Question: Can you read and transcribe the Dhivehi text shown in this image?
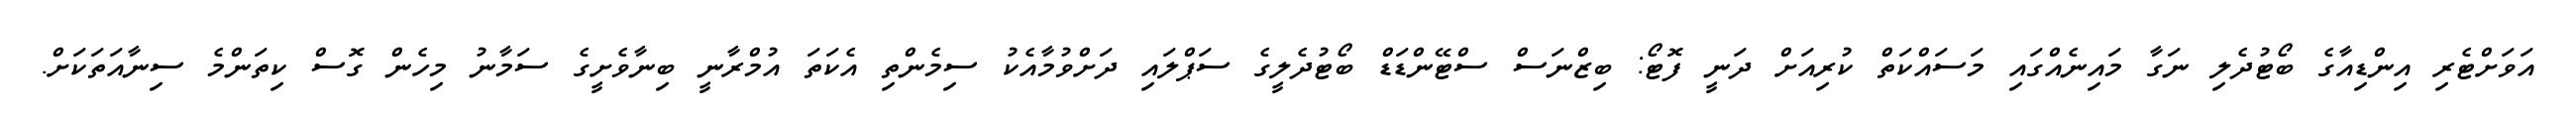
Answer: އަވަށްޓެރި އިންޑިއާގެ ބޯޓުދެލި ނަގާ މައިނެއްގައި މަސައްކަތް ކުރިއަށް ދަނީ ފޮޓޯ: ބިޒްނަސް ސްޓޭންޑަޑް ބޯޓުދެލީގެ ސަޕްލައި ދަށްވުމާއެކު ސިމެންތި އެކަތަ އުމްރާނީ ބިނާވެށީގެ ސަމާނު މިހެން ގޮސް ކިތަންމެ ސިނާއަތަކަށް.